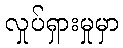
လှုပ်ရှားမှုမှာ